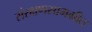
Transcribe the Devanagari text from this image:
संरक्षणसामग्रीत